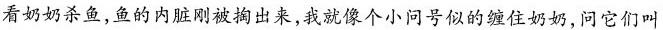
看奶奶杀鱼，鱼的内脏刚被掏出来，我就像个小问号似的缠住奶奶，问它们叫